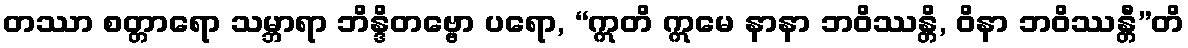
တဿာ စတ္တာရော သမ္ဘာရာ ဘိန္ဒိတဗ္ဗော ပရော, “ဣတိ ဣမေ နာနာ ဘဝိဿန္တိ, ဝိနာ ဘဝိဿန္တီ”တိ